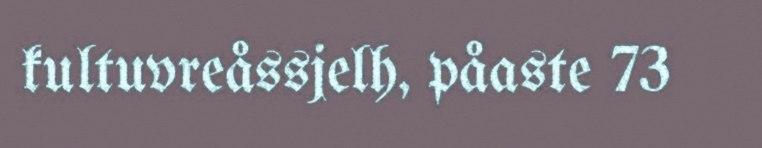
kultuvreåssjelh, påaste 73